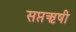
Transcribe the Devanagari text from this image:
सप्तऋषी